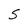
Character: 5